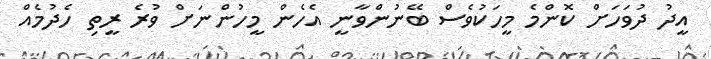
އީދު ދުވަހަށް ކޮންމެ މީހަކުވެސް ބޭނުންވާނީ އެހެން މީހުންނަށް ވުރެ ރީތި ހެދުމެއް